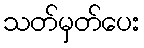
သတ်မှတ်ပေး